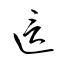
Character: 這